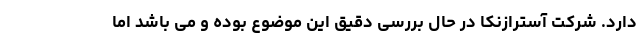
دارد. شرکت آسترازنکا در حال بررسی دقیق این موضوع بوده و می باشد اما